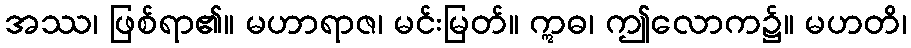
အဿ၊ ဖြစ်ရာ၏။ မဟာရာဇ၊ မင်းမြတ်။ ဣဓ၊ ဤလောက၌။ မဟတိ၊